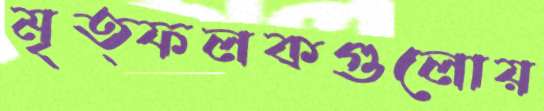
মৃত্ফলকগুলোয়